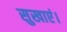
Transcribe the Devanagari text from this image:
सुखाएं।